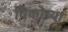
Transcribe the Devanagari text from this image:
विकोच्या